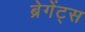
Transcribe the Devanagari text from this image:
ब्रेगेंट्स